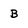
Character: B